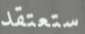
ستعتقد